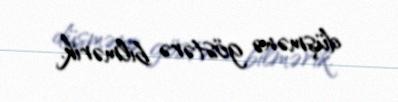
düşmənə göstərə bilmərik.